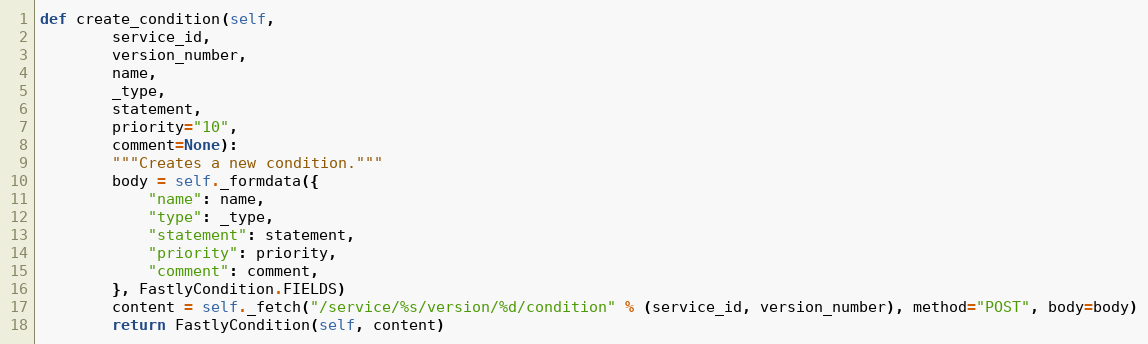
Language: Python
def create_condition(self,
		service_id,
		version_number,
		name,
		_type,
		statement,
		priority="10",
		comment=None):
		"""Creates a new condition."""
		body = self._formdata({
			"name": name,
			"type": _type,
			"statement": statement,
			"priority": priority,
			"comment": comment,
		}, FastlyCondition.FIELDS)
		content = self._fetch("/service/%s/version/%d/condition" % (service_id, version_number), method="POST", body=body)
		return FastlyCondition(self, content)